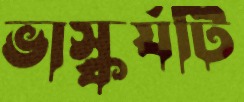
ভাস্কর্যটি